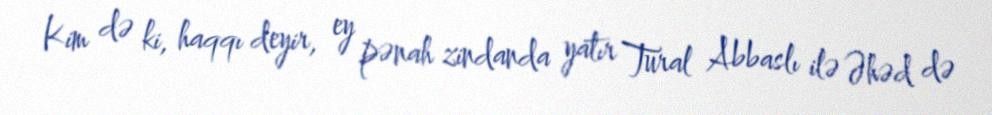
Kim də ki, haqqı deyir, ey pənah zindanda yatır Tural Abbaslı ilə Əhəd də